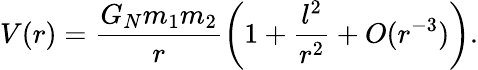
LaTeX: V(r)=\frac{G_{N}m_{1}m_{2}}{r}\left(1+\frac{l^{2}}{r^{2}}+O(r^{-3})\right).